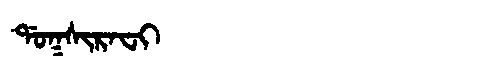
Manchu: ᡩᠣᡴᠰᡳᡵᠠᠸᡳ
Romanization: DOKSIRAFI